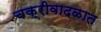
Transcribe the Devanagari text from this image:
चक्रीवादळात